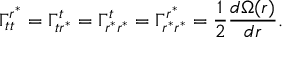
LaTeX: \Gamma _ { t t } ^ { r ^ { \ast } } = \Gamma _ { t r ^ { \ast } } ^ { t } = \Gamma _ { r ^ { \ast } r ^ { \ast } } ^ { t } = \Gamma _ { r ^ { \ast } r ^ { \ast } } ^ { r ^ { \ast } } = \frac { 1 } { 2 } \frac { d \Omega ( r ) } { d r } .